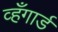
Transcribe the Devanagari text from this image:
व्हँगार्ड